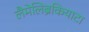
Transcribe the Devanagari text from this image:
लैमेलिब्रैंकियाटा